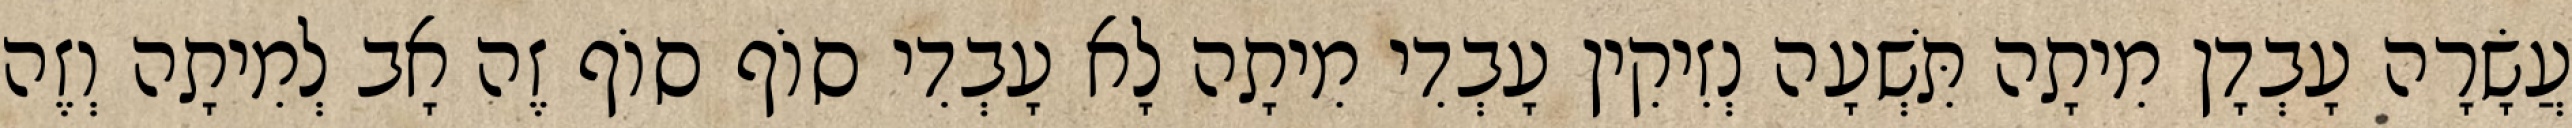
עֲשָׂרָה עָבְדָן מִיתָה תִּשְׁעָה נְזִיקִין עָבְדִי מִיתָה לָא עָבְדִי סוֹף סוֹף זֶה אָב לְמִיתָה וְזֶה